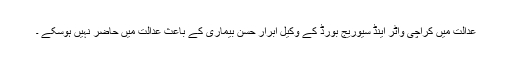
عدالت میں کراچی واٹر اینڈ سیوریج بورڈ کے وکیل ابرار حسن بیماری کے باعث عدالت میں حاضر نہیں ہوسکے ۔